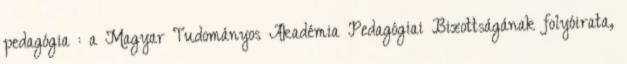
pedagógia : a Magyar Tudományos Akadémia Pedagógiai Bizottságának folyóirata,